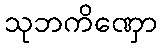
သုဘကိဏှော